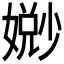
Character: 𫱧